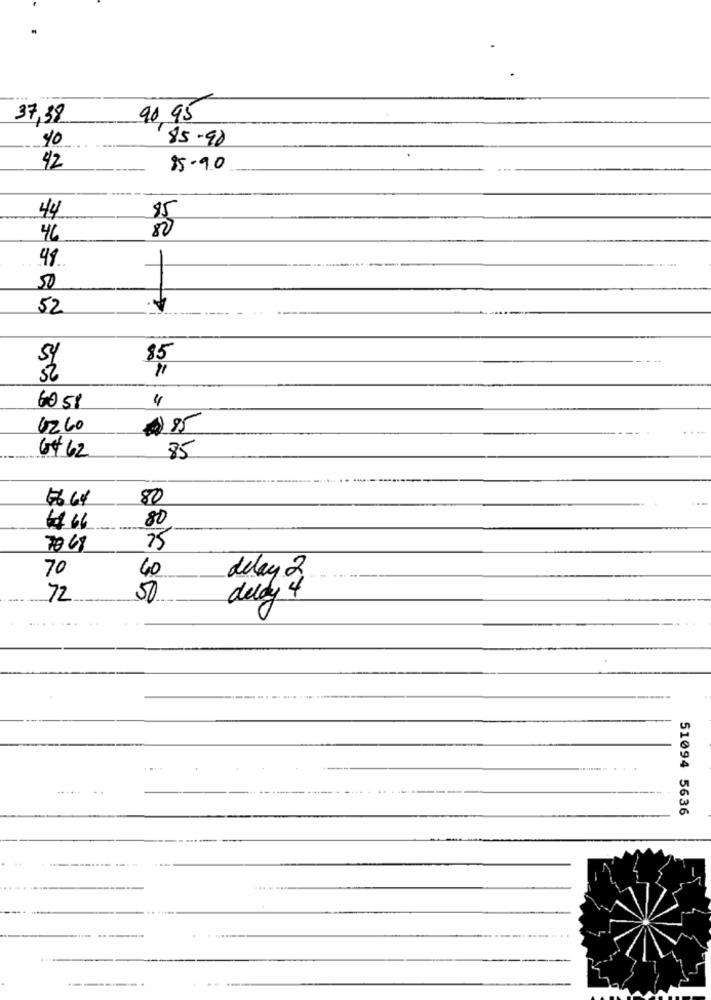
37,38
90,95
10
85.90
42
85.90
44
46
48
50
52
85
4
60 58
6260
095
64 62
85
#664
80
80
706
75
70
40
delay 2
72
50
delay 4
......
--
51094 5636